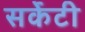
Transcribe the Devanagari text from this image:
सर्केटी